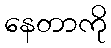
နေတာကို